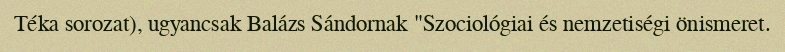
Téka sorozat), ugyancsak Balázs Sándornak "Szociológiai és nemzetiségi önismeret.